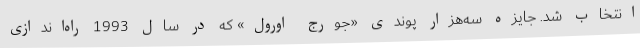
انتخاب شد. جایزه سه‌هزار پوندی «جورج اورول» که در سال 1993 راه‌اندازی